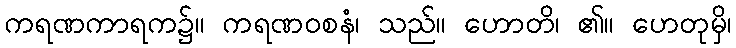
ကရဏကာရက၌။ ကရဏဝစနံ၊ သည်။ ဟောတိ၊ ၏။ ဟေတုမှိ၊